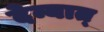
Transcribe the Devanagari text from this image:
देन्यात्